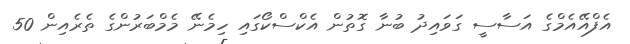
އެފްއޭއެމްގެ އަސާސީ ގަވައިދު ބުނާ ގޮތުން އެކްސްކޯގައި ހިމެނޭ މެމްބަރުންގެ ތެރެއިން 50